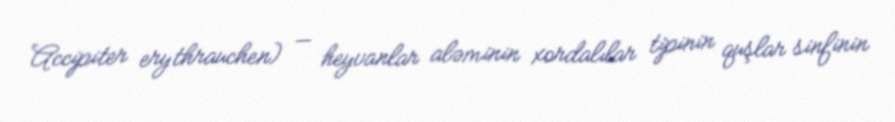
Accipiter erythrauchen) — heyvanlar aləminin xordalılar tipinin quşlar sinfinin